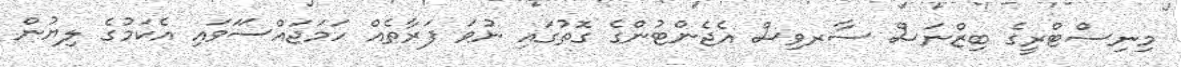
މިނިސްޓްރީގެ ބިޒްނަސް ސާރވިސް އެޖެންޓުންގެ ގޮތުގައި ނުވަ ފަރާތެއް ހަމަޖައްސަަވައި އެކަމުގެ ލިޔުން